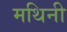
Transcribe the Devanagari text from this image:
मथिनी